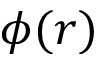
\phi ( r )